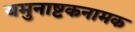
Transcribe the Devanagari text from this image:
यमुनाष्टकनामक